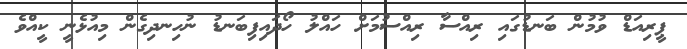
ޕީރިއަޑް ވުމުން ބަނޑުގައި ރިއްސާ ރިއްސުމަށް ހައްލު ހޯދައިފިބަނޑު ނުހިނދިގެން މިއުޅެނީ ކީއްވެ